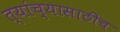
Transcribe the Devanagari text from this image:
त्यांच्यासाठीच